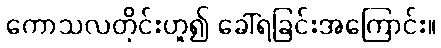
ကောသလတိုင်းဟူ၍ ခေါ်ရခြင်းအကြောင်း။